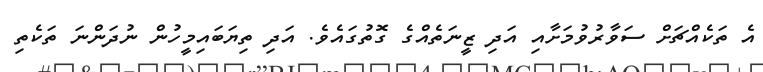
އެ ތަކެއްޗަށް ސަވާރުވުމަށާއި އަދި ޒީނަތެއްގެ ގޮތުގައެވެ. އަދި ތިޔަބައިމީހުން ނުދަންނަ ތަކެތި